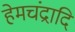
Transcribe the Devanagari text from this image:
हेमचंद्रादि